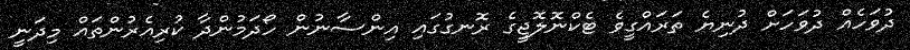
ދުވަހެއް ދުވަހަށް ދުނިޔެ ތަރައްގީވެ ޓެކްނޮލޮޖީގެ ރޮނގުގައި އިންސާނުން ހޯދަމުންދާ ކުރިއެރުންތައް މިދަނީ